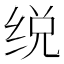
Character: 䌼